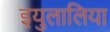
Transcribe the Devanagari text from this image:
इयुलालिया